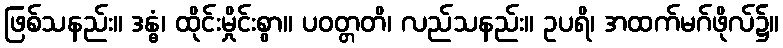
ဖြစ်သနည်း။ ဒန္ဓံ၊ ထိုင်းမှိုင်းစွာ။ ပဝတ္တတိ၊ လည်သနည်း။ ဥပရိ၊ အထက်မဂ်ဖိုလ်၌။